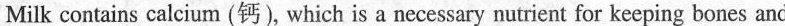
Milk contains calcium (钙), which is a necessary nutrient for keeping bones and